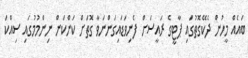
ބައެއް މީހުން ދެކޭގޮތުގައި ޕާޓީގެ ރައީސަށް ފެނިވަޑައިގަންނަވާ ގޮތަށް ކަންކަން ނިންމުމުގައި ސިއްކަ